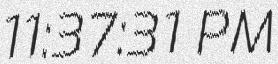
11:37:31 PM